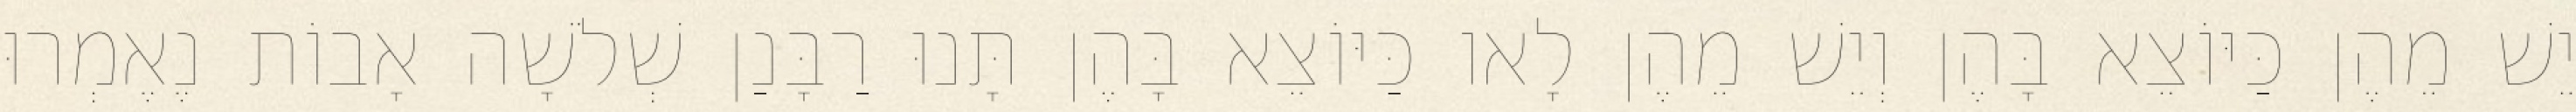
יֵשׁ מֵהֶן כַּיּוֹצֵא בָּהֶן וְיֵשׁ מֵהֶן לָאו כַּיּוֹצֵא בָּהֶן תָּנוּ רַבָּנַן שְׁלֹשָׁה אָבוֹת נֶאֶמְרוּ